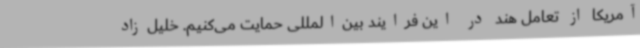
آمریکا از تعامل هند در این فرایند بین‌المللی حمایت می‌کنیم. خلیل‌زاد